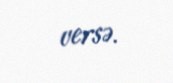
versə.